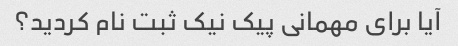
آیا برای مهمانی پیک نیک ثبت نام کردید؟